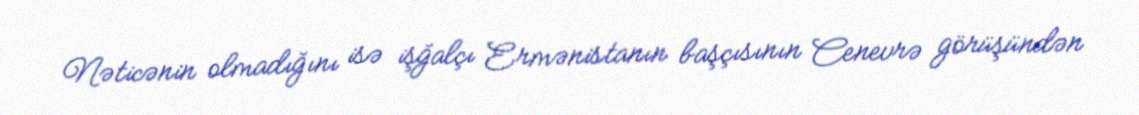
Nəticənin olmadığını isə işğalçı Ermənistanın başçısının Cenevrə görüşündən